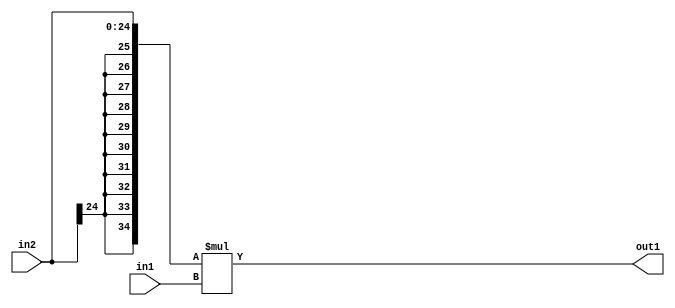
`timescale 1ps / 1ps
/*****************************************************************************
    Verilog RTL Description
    
    
    Created by: Stratus DpOpt 21.05.01 
*******************************************************************************/

module SobelFilter_Mul_25Sx24U_35S_4 (
	in2,
	in1,
	out1
	); /* architecture "behavioural" */ 
input [24:0] in2;
input [23:0] in1;
output [34:0] out1;
wire [34:0] asc001;

assign asc001 = 
	+({{10{in2[24]}}, in2} * in1);

assign out1 = asc001;
endmodule

/* CADENCE  ubP3Tws= : u9/ySxbfrwZIxEzHVQQV8Q== ** DO NOT EDIT THIS LINE ******/